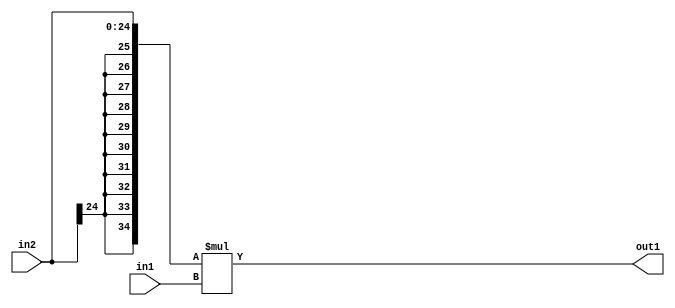
`timescale 1ps / 1ps
/*****************************************************************************
    Verilog RTL Description
    
    
    Created by: Stratus DpOpt 21.05.01 
*******************************************************************************/

module SobelFilter_Mul_25Sx24U_35S_4 (
	in2,
	in1,
	out1
	); /* architecture "behavioural" */ 
input [24:0] in2;
input [23:0] in1;
output [34:0] out1;
wire [34:0] asc001;

assign asc001 = 
	+({{10{in2[24]}}, in2} * in1);

assign out1 = asc001;
endmodule

/* CADENCE  ubP3Tws= : u9/ySxbfrwZIxEzHVQQV8Q== ** DO NOT EDIT THIS LINE ******/